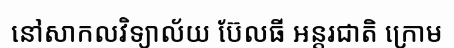
នៅសាកលវិទ្យាល័យ ប៊ែលធី អន្តរជាតិ ក្រោម